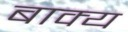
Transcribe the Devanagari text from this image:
बाक्य